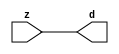

//------> /package/eda/mg/Catapult_10.3d/Mgc_home/pkgs/siflibs/mgc_in_wire_v2.v 
//------------------------------------------------------------------------------
// Catapult Synthesis - Sample I/O Port Library
//
// Copyright (c) 2003-2017 Mentor Graphics Corp.
//       All Rights Reserved
//
// This document may be used and distributed without restriction provided that
// this copyright statement is not removed from the file and that any derivative
// work contains this copyright notice.
//
// The design information contained in this file is intended to be an example
// of the functionality which the end user may study in preparation for creating
// their own custom interfaces. This design does not necessarily present a 
// complete implementation of the named protocol or standard.
//
//------------------------------------------------------------------------------


module mgc_in_wire_v2 (d, z);

  parameter integer rscid = 1;
  parameter integer width = 8;

  output [width-1:0] d;
  input  [width-1:0] z;

  wire   [width-1:0] d;

  assign d = z;

endmodule


//------> /package/eda/mg/Catapult_10.3d/Mgc_home/pkgs/siflibs/ccs_in_v1.v 
//------------------------------------------------------------------------------
// Catapult Synthesis - Sample I/O Port Library
//
// Copyright (c) 2003-2017 Mentor Graphics Corp.
//       All Rights Reserved
//
// This document may be used and distributed without restriction provided that
// this copyright statement is not removed from the file and that any derivative
// work contains this copyright notice.
//
// The design information contained in this file is intended to be an example
// of the functionality which the end user may study in preparation for creating
// their own custom interfaces. This design does not necessarily present a 
// complete implementation of the named protocol or standard.
//
//------------------------------------------------------------------------------


module ccs_in_v1 (idat, dat);

  parameter integer rscid = 1;
  parameter integer width = 8;

  output [width-1:0] idat;
  input  [width-1:0] dat;

  wire   [width-1:0] idat;

  assign idat = dat;

endmodule


//------> /package/eda/mg/Catapult_10.3d/Mgc_home/pkgs/siflibs/ccs_out_v1.v 
//------------------------------------------------------------------------------
// Catapult Synthesis - Sample I/O Port Library
//
// Copyright (c) 2003-2015 Mentor Graphics Corp.
//       All Rights Reserved
//
// This document may be used and distributed without restriction provided that
// this copyright statement is not removed from the file and that any derivative
// work contains this copyright notice.
//
// The design information contained in this file is intended to be an example
// of the functionality which the end user may study in preparation for creating
// their own custom interfaces. This design does not necessarily present a 
// complete implementation of the named protocol or standard.
//
//------------------------------------------------------------------------------

module ccs_out_v1 (dat, idat);

  parameter integer rscid = 1;
  parameter integer width = 8;

  output   [width-1:0] dat;
  input    [width-1:0] idat;

  wire     [width-1:0] dat;

  assign dat = idat;

endmodule




//------> /package/eda/mg/Catapult_10.3d/Mgc_home/pkgs/siflibs/mgc_io_sync_v2.v 
//------------------------------------------------------------------------------
// Catapult Synthesis - Sample I/O Port Library
//
// Copyright (c) 2003-2017 Mentor Graphics Corp.
//       All Rights Reserved
//
// This document may be used and distributed without restriction provided that
// this copyright statement is not removed from the file and that any derivative
// work contains this copyright notice.
//
// The design information contained in this file is intended to be an example
// of the functionality which the end user may study in preparation for creating
// their own custom interfaces. This design does not necessarily present a 
// complete implementation of the named protocol or standard.
//
//------------------------------------------------------------------------------


module mgc_io_sync_v2 (ld, lz);
    parameter valid = 0;

    input  ld;
    output lz;

    wire   lz;

    assign lz = ld;

endmodule


//------> /package/eda/mg/Catapult_10.3d/Mgc_home/pkgs/ccs_altera/hdl/M10K_DP.v 
// Memory Type:            M10K
// Operating Mode:         Simple Dual Port (2-PORT)
// Clock Mode:             Single Clock

// RTL Code RW Resolution: write-thru 
// Hardware RW Resolution: dont care 
// Catapult RW Resolution: unknown 

// HDL Work Library:       Altera_RAMS_lib
// Component Name:         M10K_DP

module M10K_DP
#(
  parameter data_width = 8,
  parameter addr_width = 7,
  parameter depth = 128 
)(
  clk, adra, adrb, wea, web, da, db, rea, reb, qa, qb
);

  input clk;                     // Rising edge clock
  input [addr_width-1:0] adra;   // Port A - Address
  input [addr_width-1:0] adrb;   // Port B - Address
  input wea;                     // Port A - Write-enable active high
  input web;                     // Port B - Write-enable active high
  input [data_width-1:0] da;     // Port A - Data In
  input [data_width-1:0] db;     // Port B - Data In
  input rea;                     // Port A - Read-enable active high
  input reb;                     // Port B - Read-enable active high
  output[data_width-1:0] qa;     // Port A - Data Out
  output[data_width-1:0] qb;     // Port B - Data Out

  reg [data_width-1:0] qa;
  reg [data_width-1:0] qb;

  (* ramstyle = "no_rw_check, M10K" *)
  reg [data_width-1:0] mem [depth-1:0]; /* synthesis syn_ramstyle = "no_rw_check, M10K" */

  always @(posedge clk) begin
    if (wea) begin
      mem[adra] <= da;
    end
    if (rea) begin
      qa <= mem[adra];
    end
  end

  always @(posedge clk) begin
    if (web) begin
      mem[adrb] <= db;
    end
    if (reb) begin
      qb <= mem[adrb] ;
    end
  end

endmodule


//------> ./rtl.v 
// ----------------------------------------------------------------------
//  HLS HDL:        Verilog Netlister
//  HLS Version:    10.3d/815731 Production Release
//  HLS Date:       Wed Apr 24 14:54:19 PDT 2019
// 
//  Generated by:   695r48@ecegrid-thin4.ecn.purdue.edu
//  Generated date: Wed Nov 10 15:51:37 2021
// ----------------------------------------------------------------------

// 
// ------------------------------------------------------------------
//  Design Unit:    fir_Altera_M10K_M10K_DP_rwport_4_16_5_32_32_16_gen
// ------------------------------------------------------------------


module fir_Altera_M10K_M10K_DP_rwport_4_16_5_32_32_16_gen (
  qb, reb, db, web, adrb, qa, rea, da, wea, adra, adra_d, wea_d, da_d, rea_d, qa_d,
      rwportA_rw_ram_ir_internal_RMASK_B_d, rwportA_rw_ram_ir_internal_WMASK_B_d
);
  input [15:0] qb;
  output reb;
  output [15:0] db;
  output web;
  output [4:0] adrb;
  input [15:0] qa;
  output rea;
  output [15:0] da;
  output wea;
  output [4:0] adra;
  input [9:0] adra_d;
  input [1:0] wea_d;
  input [31:0] da_d;
  input [1:0] rea_d;
  output [31:0] qa_d;
  input [1:0] rwportA_rw_ram_ir_internal_RMASK_B_d;
  input [1:0] rwportA_rw_ram_ir_internal_WMASK_B_d;



  // Interconnect Declarations for Component Instantiations 
  assign qa_d[31:16] = qb;
  assign reb = (rwportA_rw_ram_ir_internal_RMASK_B_d[1]);
  assign db = (da_d[31:16]);
  assign web = (rwportA_rw_ram_ir_internal_WMASK_B_d[1]);
  assign adrb = (adra_d[9:5]);
  assign qa_d[15:0] = qa;
  assign rea = (rwportA_rw_ram_ir_internal_RMASK_B_d[0]);
  assign da = (da_d[15:0]);
  assign wea = (rwportA_rw_ram_ir_internal_WMASK_B_d[0]);
  assign adra = (adra_d[4:0]);
endmodule

// ------------------------------------------------------------------
//  Design Unit:    fir_core_core_fsm
//  FSM Module
// ------------------------------------------------------------------


module fir_core_core_fsm (
  clk, rst, fsm_output, regs_vinit_C_1_tr0, MAC_C_3_tr0
);
  input clk;
  input rst;
  output [17:0] fsm_output;
  reg [17:0] fsm_output;
  input regs_vinit_C_1_tr0;
  input MAC_C_3_tr0;


  // FSM State Type Declaration for fir_core_core_fsm_1
  parameter
    core_rlp_C_0 = 5'd0,
    regs_vinit_C_0 = 5'd1,
    regs_vinit_C_1 = 5'd2,
    main_C_0 = 5'd3,
    main_C_1 = 5'd4,
    MAC_C_0 = 5'd5,
    MAC_C_1 = 5'd6,
    MAC_C_2 = 5'd7,
    MAC_C_3 = 5'd8,
    MAC_C_4 = 5'd9,
    MAC_C_5 = 5'd10,
    MAC_C_6 = 5'd11,
    MAC_C_7 = 5'd12,
    MAC_C_8 = 5'd13,
    MAC_C_9 = 5'd14,
    MAC_C_10 = 5'd15,
    MAC_C_11 = 5'd16,
    main_C_2 = 5'd17;

  reg [4:0] state_var;
  reg [4:0] state_var_NS;


  // Interconnect Declarations for Component Instantiations 
  always @(*)
  begin : fir_core_core_fsm_1
    case (state_var)
      regs_vinit_C_0 : begin
        fsm_output = 18'b000000000000000010;
        state_var_NS = regs_vinit_C_1;
      end
      regs_vinit_C_1 : begin
        fsm_output = 18'b000000000000000100;
        if ( regs_vinit_C_1_tr0 ) begin
          state_var_NS = regs_vinit_C_0;
        end
        else begin
          state_var_NS = main_C_0;
        end
      end
      main_C_0 : begin
        fsm_output = 18'b000000000000001000;
        state_var_NS = main_C_1;
      end
      main_C_1 : begin
        fsm_output = 18'b000000000000010000;
        state_var_NS = MAC_C_0;
      end
      MAC_C_0 : begin
        fsm_output = 18'b000000000000100000;
        state_var_NS = MAC_C_1;
      end
      MAC_C_1 : begin
        fsm_output = 18'b000000000001000000;
        state_var_NS = MAC_C_2;
      end
      MAC_C_2 : begin
        fsm_output = 18'b000000000010000000;
        state_var_NS = MAC_C_3;
      end
      MAC_C_3 : begin
        fsm_output = 18'b000000000100000000;
        if ( MAC_C_3_tr0 ) begin
          state_var_NS = main_C_2;
        end
        else begin
          state_var_NS = MAC_C_4;
        end
      end
      MAC_C_4 : begin
        fsm_output = 18'b000000001000000000;
        state_var_NS = MAC_C_5;
      end
      MAC_C_5 : begin
        fsm_output = 18'b000000010000000000;
        state_var_NS = MAC_C_6;
      end
      MAC_C_6 : begin
        fsm_output = 18'b000000100000000000;
        state_var_NS = MAC_C_7;
      end
      MAC_C_7 : begin
        fsm_output = 18'b000001000000000000;
        state_var_NS = MAC_C_8;
      end
      MAC_C_8 : begin
        fsm_output = 18'b000010000000000000;
        state_var_NS = MAC_C_9;
      end
      MAC_C_9 : begin
        fsm_output = 18'b000100000000000000;
        state_var_NS = MAC_C_10;
      end
      MAC_C_10 : begin
        fsm_output = 18'b001000000000000000;
        state_var_NS = MAC_C_11;
      end
      MAC_C_11 : begin
        fsm_output = 18'b010000000000000000;
        state_var_NS = MAC_C_0;
      end
      main_C_2 : begin
        fsm_output = 18'b100000000000000000;
        state_var_NS = main_C_0;
      end
      // core_rlp_C_0
      default : begin
        fsm_output = 18'b000000000000000001;
        state_var_NS = regs_vinit_C_0;
      end
    endcase
  end

  always @(posedge clk) begin
    if ( rst ) begin
      state_var <= core_rlp_C_0;
    end
    else begin
      state_var <= state_var_NS;
    end
  end

endmodule

// ------------------------------------------------------------------
//  Design Unit:    fir_core
// ------------------------------------------------------------------


module fir_core (
  clk, rst, coeffs_rsc_z, coeffs_rsc_triosy_lz, in1_rsc_dat, in1_rsc_triosy_lz, out1_rsc_dat,
      out1_rsc_triosy_lz, regs_rsci_adra_d, regs_rsci_wea_d, regs_rsci_da_d, regs_rsci_rea_d,
      regs_rsci_qa_d, regs_rsci_rwportA_rw_ram_ir_internal_RMASK_B_d, regs_rsci_rwportA_rw_ram_ir_internal_WMASK_B_d
);
  input clk;
  input rst;
  input [511:0] coeffs_rsc_z;
  output coeffs_rsc_triosy_lz;
  input [15:0] in1_rsc_dat;
  output in1_rsc_triosy_lz;
  output [15:0] out1_rsc_dat;
  output out1_rsc_triosy_lz;
  output [9:0] regs_rsci_adra_d;
  output [1:0] regs_rsci_wea_d;
  output [15:0] regs_rsci_da_d;
  output [1:0] regs_rsci_rea_d;
  input [31:0] regs_rsci_qa_d;
  output [1:0] regs_rsci_rwportA_rw_ram_ir_internal_RMASK_B_d;
  output [1:0] regs_rsci_rwportA_rw_ram_ir_internal_WMASK_B_d;


  // Interconnect Declarations
  wire [511:0] coeffs_rsci_d;
  wire [15:0] in1_rsci_idat;
  reg [15:0] out1_rsci_idat;
  wire [17:0] fsm_output;
  wire [4:0] MAC_6_else_acc_tmp;
  wire [5:0] nl_MAC_6_else_acc_tmp;
  wire [4:0] MAC_slc_MAC_2_MAC_acc_tmp;
  wire [5:0] nl_MAC_slc_MAC_2_MAC_acc_tmp;
  wire or_dcpl_11;
  wire or_dcpl_14;
  wire or_dcpl_15;
  wire or_dcpl_37;
  wire or_dcpl_41;
  wire or_dcpl_49;
  wire or_dcpl_52;
  wire or_dcpl_54;
  wire or_dcpl_69;
  wire or_tmp_34;
  wire [4:0] wptr_4_0_3_lpi_2_dfm_1;
  wire [4:0] wptr_4_0_lpi_2_dfm_1;
  wire [4:0] wptr_4_0_9_lpi_2_dfm_1;
  reg [4:0] wptr_4_0_4_sva_1;
  wire [4:0] wptr_4_0_8_lpi_2_dfm_1;
  reg [4:0] wptr_4_0_1_sva;
  reg MAC_MAC_nor_11_itm;
  reg regs_regs_nor_itm;
  wire [4:0] wptr_4_0_7_lpi_2_dfm_1;
  wire [4:0] wptr_4_0_1_sva_3;
  wire [4:0] wptr_4_0_2_lpi_2_dfm_1;
  reg [4:0] regs_acc_itm;
  reg reg_MAC_slc_MAC_2_MAC_acc_psp_ftd;
  reg reg_out1_rsc_triosy_obj_ld_cse;
  wire reg_out1_out1_and_cse;
  reg [3:0] MAC_i_4_1_sva;
  wire MAC_and_4_cse;
  wire MAC_and_5_cse;
  wire MAC_and_6_cse;
  wire MAC_and_7_cse;
  wire regs_and_cse;
  wire or_98_cse;
  wire or_99_rmff;
  reg [4:0] wptr_4_0_3_lpi_2_dfm;
  wire or_170_tmp;
  wire [4:0] z_out;
  wire [5:0] nl_z_out;
  wire [4:0] z_out_1;
  wire [5:0] nl_z_out_1;
  wire [29:0] z_out_3;
  wire [30:0] nl_z_out_3;
  wire [15:0] z_out_4;
  wire [15:0] z_out_5;
  wire [29:0] z_out_6;
  wire signed [31:0] nl_z_out_6;
  wire [29:0] z_out_7;
  wire signed [31:0] nl_z_out_7;
  wire [29:0] z_out_8;
  wire signed [31:0] nl_z_out_8;
  wire [29:0] z_out_9;
  wire signed [31:0] nl_z_out_9;
  reg [29:0] acc_32_3_1_sva;
  reg [15:0] MAC_mux_10_itm;
  reg [15:0] MAC_mux_12_itm;
  reg [29:0] MAC_10_mul_itm;
  reg [29:0] MAC_acc_3_itm;
  reg [15:0] MAC_mux_13_itm;
  reg [15:0] MAC_slc_regs_rsci_qa_d_15_0_1_itm;
  reg [15:0] MAC_mux_14_itm;
  reg [29:0] MAC_acc_6_itm;
  wire [30:0] nl_MAC_acc_6_itm;
  reg [29:0] MAC_5_mul_itm;
  reg [15:0] MAC_mux_16_itm;
  reg [15:0] MAC_slc_regs_rsci_qa_d_15_0_3_itm;
  reg [15:0] MAC_mux_17_itm;
  reg [29:0] MAC_7_mul_itm;
  reg [15:0] MAC_slc_regs_rsci_qa_d_15_0_4_itm;
  reg [15:0] MAC_mux_18_itm;
  reg [3:0] MAC_slc_MAC_10_MAC_acc_itm;
  wire [4:0] nl_MAC_slc_MAC_10_MAC_acc_itm;
  wire [3:0] MAC_slc_MAC_6_MAC_acc_psp_sva_1;
  wire [4:0] nl_MAC_slc_MAC_6_MAC_acc_psp_sva_1;
  wire [3:0] MAC_slc_MAC_4_MAC_acc_psp_sva_1;
  wire [4:0] nl_MAC_slc_MAC_4_MAC_acc_psp_sva_1;
  reg [351:0] MAC_io_read_coeffs_rsc_cse_sva_479_128;
  wire or_138_tmp;
  wire MAC_nor_8_cse;
  wire MAC_nor_7_cse;

  wire[4:0] mux_nl;
  wire[0:0] and_200_nl;
  wire[0:0] not_60_nl;
  wire[0:0] or_113_nl;
  wire[29:0] acc_mux_nl;
  wire[29:0] MAC_10_acc_1_nl;
  wire[30:0] nl_MAC_10_acc_1_nl;
  wire[0:0] acc_not_nl;
  wire[3:0] MAC_i_mux_nl;
  wire[0:0] MAC_i_not_nl;
  wire[4:0] MAC_else_acc_nl;
  wire[5:0] nl_MAC_else_acc_nl;
  wire[4:0] MAC_else_mux_1_nl;
  wire[0:0] MAC_MAC_nor_11_nl;
  wire[0:0] MAC_MAC_nor_14_nl;
  wire[0:0] MAC_MAC_nor_16_nl;
  wire[0:0] nand_nl;
  wire[0:0] MAC_and_16_nl;
  wire[0:0] MAC_and_17_nl;
  wire[0:0] MAC_and_18_nl;
  wire[0:0] MAC_and_10_nl;
  wire[0:0] MAC_and_11_nl;
  wire[0:0] MAC_and_12_nl;
  wire[0:0] MAC_and_nl;
  wire[0:0] MAC_and_8_nl;
  wire[0:0] MAC_and_9_nl;
  wire[29:0] MAC_acc_4_nl;
  wire[30:0] nl_MAC_acc_4_nl;
  wire[29:0] MAC_acc_nl;
  wire[30:0] nl_MAC_acc_nl;
  wire[29:0] MAC_1_mul_nl;
  wire signed [31:0] nl_MAC_1_mul_nl;
  wire[29:0] MAC_acc_5_nl;
  wire[30:0] nl_MAC_acc_5_nl;
  wire[29:0] MAC_acc_3_nl;
  wire[30:0] nl_MAC_acc_3_nl;
  wire[29:0] MAC_acc_9_nl;
  wire[30:0] nl_MAC_acc_9_nl;
  wire[4:0] MAC_10_else_acc_nl;
  wire[5:0] nl_MAC_10_else_acc_nl;
  wire[0:0] MAC_MAC_nor_21_nl;
  wire[0:0] MAC_MAC_nor_10_nl;
  wire[0:0] MAC_MAC_nor_15_nl;
  wire[0:0] MAC_MAC_nor_nl;
  wire[4:0] MAC_9_else_acc_nl;
  wire[5:0] nl_MAC_9_else_acc_nl;
  wire[0:0] MAC_MAC_nor_19_nl;
  wire[4:0] regs_mux1h_1_nl;
  wire[4:0] regs_mux1h_5_nl;
  wire[0:0] regs_or_3_nl;
  wire[4:0] else_mux_1_nl;
  wire[4:0] regs_mux1h_8_nl;
  wire[29:0] MAC_mux_36_nl;
  wire[29:0] MAC_mux_37_nl;
  wire[0:0] MAC_or_11_nl;
  wire[15:0] MAC_mux_38_nl;
  wire[0:0] MAC_or_12_nl;
  wire[15:0] MAC_mux1h_59_nl;
  wire[15:0] MAC_mux_39_nl;
  wire[15:0] MAC_mux_40_nl;
  wire[15:0] MAC_mux_41_nl;
  wire[15:0] MAC_mux_42_nl;
  wire[3:0] MAC_mux_43_nl;
  wire[3:0] MAC_mux_44_nl;

  // Interconnect Declarations for Component Instantiations 
  wire [0:0] nl_fir_core_core_fsm_inst_regs_vinit_C_1_tr0;
  assign nl_fir_core_core_fsm_inst_regs_vinit_C_1_tr0 = ~ regs_regs_nor_itm;
  wire [0:0] nl_fir_core_core_fsm_inst_MAC_C_3_tr0;
  assign nl_fir_core_core_fsm_inst_MAC_C_3_tr0 = reg_MAC_slc_MAC_2_MAC_acc_psp_ftd;
  mgc_in_wire_v2 #(.rscid(32'sd1),
  .width(32'sd512)) coeffs_rsci (
      .d(coeffs_rsci_d),
      .z(coeffs_rsc_z)
    );
  ccs_in_v1 #(.rscid(32'sd2),
  .width(32'sd16)) in1_rsci (
      .dat(in1_rsc_dat),
      .idat(in1_rsci_idat)
    );
  ccs_out_v1 #(.rscid(32'sd3),
  .width(32'sd16)) out1_rsci (
      .idat(out1_rsci_idat),
      .dat(out1_rsc_dat)
    );
  mgc_io_sync_v2 #(.valid(32'sd0)) coeffs_rsc_triosy_obj (
      .ld(reg_out1_rsc_triosy_obj_ld_cse),
      .lz(coeffs_rsc_triosy_lz)
    );
  mgc_io_sync_v2 #(.valid(32'sd0)) in1_rsc_triosy_obj (
      .ld(reg_out1_rsc_triosy_obj_ld_cse),
      .lz(in1_rsc_triosy_lz)
    );
  mgc_io_sync_v2 #(.valid(32'sd0)) out1_rsc_triosy_obj (
      .ld(reg_out1_rsc_triosy_obj_ld_cse),
      .lz(out1_rsc_triosy_lz)
    );
  fir_core_core_fsm fir_core_core_fsm_inst (
      .clk(clk),
      .rst(rst),
      .fsm_output(fsm_output),
      .regs_vinit_C_1_tr0(nl_fir_core_core_fsm_inst_regs_vinit_C_1_tr0[0:0]),
      .MAC_C_3_tr0(nl_fir_core_core_fsm_inst_MAC_C_3_tr0[0:0])
    );
  assign reg_out1_out1_and_cse = (fsm_output[8]) & reg_MAC_slc_MAC_2_MAC_acc_psp_ftd;
  assign or_98_cse = (fsm_output[3]) | (fsm_output[1]);
  assign or_99_rmff = (fsm_output[5]) | (fsm_output[7]) | or_dcpl_37 | ((~ reg_MAC_slc_MAC_2_MAC_acc_psp_ftd)
      & (fsm_output[8]));
  assign regs_and_cse = (fsm_output[2]) & regs_regs_nor_itm;
  assign or_170_tmp = regs_and_cse | ((~ MAC_MAC_nor_11_itm) & (fsm_output[17]));
  assign MAC_and_4_cse = (MAC_i_4_1_sva==4'b0000) & (fsm_output[5]);
  assign MAC_and_5_cse = (MAC_i_4_1_sva==4'b0101) & (fsm_output[5]);
  assign MAC_and_6_cse = (MAC_i_4_1_sva==4'b1010) & (fsm_output[5]);
  assign MAC_and_7_cse = (MAC_i_4_1_sva==4'b1111) & (fsm_output[5]);
  assign or_138_tmp = or_dcpl_15 | or_dcpl_41 | or_dcpl_54;
  assign MAC_nor_7_cse = ~((MAC_slc_MAC_4_MAC_acc_psp_sva_1[3]) | (MAC_slc_MAC_4_MAC_acc_psp_sva_1[2])
      | (MAC_slc_MAC_4_MAC_acc_psp_sva_1[0]));
  assign MAC_nor_8_cse = ~((MAC_slc_MAC_4_MAC_acc_psp_sva_1[1:0]!=2'b00));
  assign nl_MAC_10_else_acc_nl = wptr_4_0_lpi_2_dfm_1 + 5'b11111;
  assign MAC_10_else_acc_nl = nl_MAC_10_else_acc_nl[4:0];
  assign MAC_MAC_nor_21_nl = ~((wptr_4_0_lpi_2_dfm_1!=5'b00000));
  assign wptr_4_0_1_sva_3 = MUX_v_5_2_2((MAC_10_else_acc_nl), 5'b11111, (MAC_MAC_nor_21_nl));
  assign wptr_4_0_9_lpi_2_dfm_1 = MUX_v_5_2_2(wptr_4_0_4_sva_1, 5'b11111, MAC_MAC_nor_11_itm);
  assign MAC_MAC_nor_10_nl = ~((wptr_4_0_2_lpi_2_dfm_1!=5'b00000));
  assign wptr_4_0_3_lpi_2_dfm_1 = MUX_v_5_2_2(z_out_1, 5'b11111, (MAC_MAC_nor_10_nl));
  assign MAC_MAC_nor_15_nl = ~((wptr_4_0_7_lpi_2_dfm_1!=5'b00000));
  assign wptr_4_0_8_lpi_2_dfm_1 = MUX_v_5_2_2(z_out_1, 5'b11111, (MAC_MAC_nor_15_nl));
  assign MAC_MAC_nor_nl = ~((wptr_4_0_1_sva!=5'b00000));
  assign wptr_4_0_2_lpi_2_dfm_1 = MUX_v_5_2_2(MAC_6_else_acc_tmp, 5'b11111, (MAC_MAC_nor_nl));
  assign nl_MAC_6_else_acc_tmp = wptr_4_0_1_sva + 5'b11111;
  assign MAC_6_else_acc_tmp = nl_MAC_6_else_acc_tmp[4:0];
  assign nl_MAC_slc_MAC_2_MAC_acc_tmp = conv_u2s_4_5(MAC_i_4_1_sva) + 5'b00001;
  assign MAC_slc_MAC_2_MAC_acc_tmp = nl_MAC_slc_MAC_2_MAC_acc_tmp[4:0];
  assign nl_MAC_slc_MAC_6_MAC_acc_psp_sva_1 = MAC_slc_MAC_4_MAC_acc_psp_sva_1 + 4'b0001;
  assign MAC_slc_MAC_6_MAC_acc_psp_sva_1 = nl_MAC_slc_MAC_6_MAC_acc_psp_sva_1[3:0];
  assign nl_MAC_slc_MAC_4_MAC_acc_psp_sva_1 = (MAC_slc_MAC_2_MAC_acc_tmp[3:0]) +
      4'b0001;
  assign MAC_slc_MAC_4_MAC_acc_psp_sva_1 = nl_MAC_slc_MAC_4_MAC_acc_psp_sva_1[3:0];
  assign nl_MAC_9_else_acc_nl = wptr_4_0_9_lpi_2_dfm_1 + 5'b11111;
  assign MAC_9_else_acc_nl = nl_MAC_9_else_acc_nl[4:0];
  assign MAC_MAC_nor_19_nl = ~((wptr_4_0_9_lpi_2_dfm_1!=5'b00000));
  assign wptr_4_0_lpi_2_dfm_1 = MUX_v_5_2_2((MAC_9_else_acc_nl), 5'b11111, (MAC_MAC_nor_19_nl));
  assign wptr_4_0_7_lpi_2_dfm_1 = MUX_v_5_2_2(MAC_6_else_acc_tmp, 5'b11111, MAC_MAC_nor_11_itm);
  assign or_dcpl_11 = (fsm_output[14]) | (fsm_output[11]);
  assign or_dcpl_14 = (fsm_output[10:9]!=2'b00);
  assign or_dcpl_15 = (fsm_output[12:11]!=2'b00);
  assign or_dcpl_37 = (fsm_output[9]) | (fsm_output[6]);
  assign or_dcpl_41 = (fsm_output[13]) | (fsm_output[7]);
  assign or_dcpl_49 = (fsm_output[8]) | (fsm_output[10]);
  assign or_dcpl_52 = or_dcpl_15 | (fsm_output[7]);
  assign or_dcpl_54 = or_dcpl_49 | or_dcpl_37;
  assign or_dcpl_69 = (fsm_output[11]) | (fsm_output[7]) | (fsm_output[8]);
  assign or_tmp_34 = (fsm_output[8]) | (fsm_output[6]);
  assign regs_mux1h_1_nl = MUX1HOT_v_5_4_2(wptr_4_0_2_lpi_2_dfm_1, wptr_4_0_lpi_2_dfm_1,
      wptr_4_0_3_lpi_2_dfm, wptr_4_0_4_sva_1, {(fsm_output[5]) , or_tmp_34 , (fsm_output[7])
      , (fsm_output[9])});
  assign regs_or_3_nl = (fsm_output[5]) | (fsm_output[8]);
  assign regs_mux1h_5_nl = MUX1HOT_v_5_5_2(regs_acc_itm, wptr_4_0_1_sva, wptr_4_0_9_lpi_2_dfm_1,
      wptr_4_0_7_lpi_2_dfm_1, wptr_4_0_3_lpi_2_dfm, {or_98_cse , (regs_or_3_nl) ,
      (fsm_output[6]) , (fsm_output[7]) , (fsm_output[9])});
  assign regs_rsci_adra_d = {(regs_mux1h_1_nl) , (regs_mux1h_5_nl)};
  assign regs_rsci_wea_d = {1'b0 , or_98_cse};
  assign regs_rsci_rea_d = {{1{or_99_rmff}}, or_99_rmff};
  assign regs_rsci_rwportA_rw_ram_ir_internal_RMASK_B_d = {{1{or_99_rmff}}, or_99_rmff};
  assign regs_rsci_rwportA_rw_ram_ir_internal_WMASK_B_d = {1'b0 , or_98_cse};
  assign regs_rsci_da_d = MUX_v_16_2_2(16'b0000000000000000, in1_rsci_idat, (fsm_output[3]));
  always @(posedge clk) begin
    if ( rst ) begin
      reg_out1_rsc_triosy_obj_ld_cse <= 1'b0;
      regs_regs_nor_itm <= 1'b0;
      wptr_4_0_1_sva <= 5'b00000;
      wptr_4_0_4_sva_1 <= 5'b00000;
      wptr_4_0_3_lpi_2_dfm <= 5'b00000;
      MAC_MAC_nor_11_itm <= 1'b0;
      MAC_io_read_coeffs_rsc_cse_sva_479_128 <= 352'b0000000000000000000000000000000000000000000000000000000000000000000000000000000000000000000000000000000000000000000000000000000000000000000000000000000000000000000000000000000000000000000000000000000000000000000000000000000000000000000000000000000000000000000000000000000000000000000000000000000000000000000000000000000000000000000000000000000000000000;
      MAC_10_mul_itm <= 30'b000000000000000000000000000000;
    end
    else begin
      reg_out1_rsc_triosy_obj_ld_cse <= reg_out1_out1_and_cse;
      regs_regs_nor_itm <= ~((regs_acc_itm!=5'b00000));
      wptr_4_0_1_sva <= MUX1HOT_v_5_3_2(regs_acc_itm, wptr_4_0_1_sva, wptr_4_0_1_sva_3,
          {(fsm_output[4]) , (or_113_nl) , or_tmp_34});
      wptr_4_0_4_sva_1 <= MUX_v_5_2_2((MAC_else_acc_nl), wptr_4_0_9_lpi_2_dfm_1,
          fsm_output[8]);
      wptr_4_0_3_lpi_2_dfm <= MUX1HOT_v_5_3_2(wptr_4_0_3_lpi_2_dfm_1, wptr_4_0_8_lpi_2_dfm_1,
          wptr_4_0_3_lpi_2_dfm, {(fsm_output[5]) , (fsm_output[7]) , or_tmp_34});
      MAC_MAC_nor_11_itm <= MUX1HOT_s_1_4_2((MAC_MAC_nor_11_nl), (MAC_MAC_nor_14_nl),
          (MAC_MAC_nor_16_nl), (nand_nl), {(fsm_output[5]) , (fsm_output[6]) , (fsm_output[7])
          , (fsm_output[8])});
      MAC_io_read_coeffs_rsc_cse_sva_479_128 <= coeffs_rsci_d[479:128];
      MAC_10_mul_itm <= MUX1HOT_v_30_4_2(z_out_6, z_out_7, z_out_8, (MAC_acc_4_nl),
          {(fsm_output[6]) , (fsm_output[9]) , (fsm_output[12]) , (fsm_output[15])});
    end
  end
  always @(posedge clk) begin
    if ( rst ) begin
      out1_rsci_idat <= 16'b0000000000000000;
    end
    else if ( reg_out1_out1_and_cse ) begin
      out1_rsci_idat <= z_out_3[29:14];
    end
  end
  always @(posedge clk) begin
    if ( rst ) begin
      regs_acc_itm <= 5'b11111;
    end
    else if ( regs_and_cse | (fsm_output[1]) | (fsm_output[17]) ) begin
      regs_acc_itm <= MUX_v_5_2_2(5'b00000, (mux_nl), (not_60_nl));
    end
  end
  always @(posedge clk) begin
    if ( rst ) begin
      acc_32_3_1_sva <= 30'b000000000000000000000000000000;
    end
    else if ( (fsm_output[16]) | (fsm_output[4]) | (fsm_output[8]) ) begin
      acc_32_3_1_sva <= MUX_v_30_2_2(30'b000000000000000000000000000000, (acc_mux_nl),
          (acc_not_nl));
    end
  end
  always @(posedge clk) begin
    if ( rst ) begin
      MAC_i_4_1_sva <= 4'b0000;
    end
    else if ( (fsm_output[5]) | (fsm_output[4]) | (fsm_output[8]) ) begin
      MAC_i_4_1_sva <= MUX_v_4_2_2(4'b0000, (MAC_i_mux_nl), (MAC_i_not_nl));
    end
  end
  always @(posedge clk) begin
    if ( rst ) begin
      MAC_mux_10_itm <= 16'b0000000000000000;
    end
    else if ( ~(or_dcpl_52 | or_dcpl_49 | (fsm_output[9])) ) begin
      MAC_mux_10_itm <= MUX1HOT_v_16_5_2((coeffs_rsci_d[31:16]), (coeffs_rsci_d[191:176]),
          (coeffs_rsci_d[351:336]), (coeffs_rsci_d[511:496]), z_out_4, {MAC_and_4_cse
          , MAC_and_5_cse , MAC_and_6_cse , MAC_and_7_cse , (fsm_output[6])});
    end
  end
  always @(posedge clk) begin
    if ( rst ) begin
      MAC_mux_18_itm <= 16'b0000000000000000;
    end
    else if ( ~(or_dcpl_11 | (fsm_output[12]) | or_dcpl_41 | or_dcpl_54) ) begin
      MAC_mux_18_itm <= z_out_5;
    end
  end
  always @(posedge clk) begin
    if ( rst ) begin
      MAC_mux_16_itm <= 16'b0000000000000000;
    end
    else if ( ~ or_138_tmp ) begin
      MAC_mux_16_itm <= MUX1HOT_v_16_3_2((coeffs_rsci_d[95:80]), (coeffs_rsci_d[255:240]),
          (coeffs_rsci_d[415:400]), {(MAC_and_16_nl) , (MAC_and_17_nl) , (MAC_and_18_nl)});
    end
  end
  always @(posedge clk) begin
    if ( rst ) begin
      MAC_mux_17_itm <= 16'b0000000000000000;
    end
    else if ( ~((fsm_output[7]) | (fsm_output[8]) | (fsm_output[10]) | or_dcpl_37)
        ) begin
      MAC_mux_17_itm <= MUX1HOT_v_16_3_2((coeffs_rsci_d[111:96]), (coeffs_rsci_d[271:256]),
          (coeffs_rsci_d[431:416]), {(~ (MAC_slc_MAC_6_MAC_acc_psp_sva_1[3])) , (~
          (MAC_slc_MAC_6_MAC_acc_psp_sva_1[0])) , (MAC_slc_MAC_6_MAC_acc_psp_sva_1[2])});
    end
  end
  always @(posedge clk) begin
    if ( rst ) begin
      MAC_mux_13_itm <= 16'b0000000000000000;
    end
    else if ( ~(or_dcpl_52 | (fsm_output[8]) | (fsm_output[9]) | (fsm_output[6]))
        ) begin
      MAC_mux_13_itm <= MUX_v_16_2_2(z_out_4, (regs_rsci_qa_d[31:16]), fsm_output[10]);
    end
  end
  always @(posedge clk) begin
    if ( rst ) begin
      MAC_mux_14_itm <= 16'b0000000000000000;
    end
    else if ( ~(or_dcpl_69 | (fsm_output[10]) | (fsm_output[6])) ) begin
      MAC_mux_14_itm <= MUX1HOT_v_16_4_2((coeffs_rsci_d[63:48]), (coeffs_rsci_d[223:208]),
          (coeffs_rsci_d[383:368]), (regs_rsci_qa_d[31:16]), {(MAC_and_10_nl) , (MAC_and_11_nl)
          , (MAC_and_12_nl) , (fsm_output[9])});
    end
  end
  always @(posedge clk) begin
    if ( rst ) begin
      MAC_slc_MAC_10_MAC_acc_itm <= 4'b0000;
    end
    else if ( ~((fsm_output[7:6]!=2'b00)) ) begin
      MAC_slc_MAC_10_MAC_acc_itm <= nl_MAC_slc_MAC_10_MAC_acc_itm[3:0];
    end
  end
  always @(posedge clk) begin
    if ( rst ) begin
      MAC_slc_regs_rsci_qa_d_15_0_3_itm <= 16'b0000000000000000;
    end
    else if ( (fsm_output[5]) | (fsm_output[7]) | (fsm_output[8]) ) begin
      MAC_slc_regs_rsci_qa_d_15_0_3_itm <= MUX1HOT_v_16_6_2((coeffs_rsci_d[15:0]),
          (coeffs_rsci_d[175:160]), (coeffs_rsci_d[335:320]), (coeffs_rsci_d[495:480]),
          (regs_rsci_qa_d[31:16]), (regs_rsci_qa_d[15:0]), {MAC_and_4_cse , MAC_and_5_cse
          , MAC_and_6_cse , MAC_and_7_cse , (fsm_output[7]) , (fsm_output[8])});
    end
  end
  always @(posedge clk) begin
    if ( rst ) begin
      MAC_slc_regs_rsci_qa_d_15_0_4_itm <= 16'b0000000000000000;
    end
    else if ( ~(or_dcpl_11 | (fsm_output[12]) | (fsm_output[13]) | (fsm_output[7])
        | (fsm_output[9]) | (fsm_output[6])) ) begin
      MAC_slc_regs_rsci_qa_d_15_0_4_itm <= MUX1HOT_v_16_5_2((coeffs_rsci_d[79:64]),
          (coeffs_rsci_d[239:224]), (coeffs_rsci_d[399:384]), (regs_rsci_qa_d[31:16]),
          (regs_rsci_qa_d[15:0]), {(MAC_and_nl) , (MAC_and_8_nl) , (MAC_and_9_nl)
          , (fsm_output[8]) , (fsm_output[10])});
    end
  end
  always @(posedge clk) begin
    if ( rst ) begin
      MAC_mux_12_itm <= 16'b0000000000000000;
    end
    else if ( ~(or_dcpl_69 | or_dcpl_14) ) begin
      MAC_mux_12_itm <= z_out_5;
    end
  end
  always @(posedge clk) begin
    if ( rst ) begin
      MAC_slc_regs_rsci_qa_d_15_0_1_itm <= 16'b0000000000000000;
    end
    else if ( ~(or_dcpl_15 | (fsm_output[13]) | or_dcpl_49) ) begin
      MAC_slc_regs_rsci_qa_d_15_0_1_itm <= regs_rsci_qa_d[15:0];
    end
  end
  always @(posedge clk) begin
    if ( rst ) begin
      MAC_5_mul_itm <= 30'b000000000000000000000000000000;
    end
    else if ( (fsm_output[14]) | (fsm_output[7]) | (fsm_output[8]) ) begin
      MAC_5_mul_itm <= MUX1HOT_v_30_3_2((MAC_acc_nl), z_out_6, (MAC_acc_5_nl), {(fsm_output[7])
          , (fsm_output[8]) , (fsm_output[14])});
    end
  end
  always @(posedge clk) begin
    if ( rst ) begin
      MAC_acc_6_itm <= 30'b000000000000000000000000000000;
    end
    else if ( fsm_output[10] ) begin
      MAC_acc_6_itm <= nl_MAC_acc_6_itm[29:0];
    end
  end
  always @(posedge clk) begin
    if ( rst ) begin
      MAC_7_mul_itm <= 30'b000000000000000000000000000000;
    end
    else if ( fsm_output[11] ) begin
      MAC_7_mul_itm <= z_out_6;
    end
  end
  always @(posedge clk) begin
    if ( rst ) begin
      MAC_acc_3_itm <= 30'b000000000000000000000000000000;
    end
    else if ( (fsm_output[14:13]!=2'b00) ) begin
      MAC_acc_3_itm <= MUX_v_30_2_2((MAC_acc_3_nl), (MAC_acc_9_nl), fsm_output[14]);
    end
  end
  always @(posedge clk) begin
    if ( rst ) begin
      reg_MAC_slc_MAC_2_MAC_acc_psp_ftd <= 1'b0;
    end
    else if ( fsm_output[5] ) begin
      reg_MAC_slc_MAC_2_MAC_acc_psp_ftd <= MAC_slc_MAC_2_MAC_acc_tmp[4];
    end
  end
  assign or_113_nl = (fsm_output[11]) | (fsm_output[15]) | (fsm_output[16]) | (fsm_output[14])
      | (fsm_output[12]) | or_dcpl_41 | or_dcpl_14;
  assign MAC_else_mux_1_nl = MUX_v_5_2_2(wptr_4_0_3_lpi_2_dfm_1, wptr_4_0_8_lpi_2_dfm_1,
      fsm_output[7]);
  assign nl_MAC_else_acc_nl = (MAC_else_mux_1_nl) + 5'b11111;
  assign MAC_else_acc_nl = nl_MAC_else_acc_nl[4:0];
  assign MAC_MAC_nor_11_nl = ~((wptr_4_0_3_lpi_2_dfm_1!=5'b00000));
  assign MAC_MAC_nor_14_nl = ~((wptr_4_0_1_sva_3!=5'b00000));
  assign MAC_MAC_nor_16_nl = ~((wptr_4_0_8_lpi_2_dfm_1!=5'b00000));
  assign nand_nl = ~((regs_acc_itm==5'b11111));
  assign nl_MAC_acc_4_nl = MAC_7_mul_itm + z_out_9;
  assign MAC_acc_4_nl = nl_MAC_acc_4_nl[29:0];
  assign and_200_nl = (fsm_output[17]) & (~ or_170_tmp);
  assign mux_nl = MUX_v_5_2_2(z_out_1, z_out, and_200_nl);
  assign not_60_nl = ~ or_170_tmp;
  assign nl_MAC_10_acc_1_nl = MAC_acc_3_itm + z_out_3;
  assign MAC_10_acc_1_nl = nl_MAC_10_acc_1_nl[29:0];
  assign acc_mux_nl = MUX_v_30_2_2(z_out_3, (MAC_10_acc_1_nl), fsm_output[16]);
  assign acc_not_nl = ~ (fsm_output[4]);
  assign MAC_i_mux_nl = MUX_v_4_2_2((z_out[3:0]), MAC_slc_MAC_10_MAC_acc_itm, fsm_output[8]);
  assign MAC_i_not_nl = ~ (fsm_output[4]);
  assign MAC_and_16_nl = (MAC_slc_MAC_4_MAC_acc_psp_sva_1[1]) & MAC_nor_7_cse & (~
      or_138_tmp);
  assign MAC_and_17_nl = (MAC_slc_MAC_4_MAC_acc_psp_sva_1==4'b0111) & (~ or_138_tmp);
  assign MAC_and_18_nl = (MAC_slc_MAC_4_MAC_acc_psp_sva_1[3:2]==2'b11) & MAC_nor_8_cse
      & (~ or_138_tmp);
  assign MAC_and_10_nl = (MAC_slc_MAC_2_MAC_acc_tmp[3:0]==4'b0001) & (fsm_output[5]);
  assign MAC_and_11_nl = (MAC_slc_MAC_2_MAC_acc_tmp[3:0]==4'b0110) & (fsm_output[5]);
  assign MAC_and_12_nl = (MAC_slc_MAC_2_MAC_acc_tmp[3:0]==4'b1011) & (fsm_output[5]);
  assign nl_MAC_slc_MAC_10_MAC_acc_itm  = (z_out[3:0]) + 4'b0001;
  assign MAC_and_nl = (MAC_slc_MAC_4_MAC_acc_psp_sva_1[1]) & MAC_nor_7_cse & (fsm_output[5]);
  assign MAC_and_8_nl = (MAC_slc_MAC_4_MAC_acc_psp_sva_1==4'b0111) & (fsm_output[5]);
  assign MAC_and_9_nl = (MAC_slc_MAC_4_MAC_acc_psp_sva_1[3:2]==2'b11) & MAC_nor_8_cse
      & (fsm_output[5]);
  assign nl_MAC_1_mul_nl = $signed(MAC_slc_regs_rsci_qa_d_15_0_1_itm) * $signed(MAC_slc_regs_rsci_qa_d_15_0_3_itm);
  assign MAC_1_mul_nl = nl_MAC_1_mul_nl[29:0];
  assign nl_MAC_acc_nl = (MAC_1_mul_nl) + MAC_10_mul_itm;
  assign MAC_acc_nl = nl_MAC_acc_nl[29:0];
  assign nl_MAC_acc_5_nl = MAC_5_mul_itm + z_out_7;
  assign MAC_acc_5_nl = nl_MAC_acc_5_nl[29:0];
  assign nl_MAC_acc_6_itm  = z_out_9 + MAC_10_mul_itm;
  assign nl_MAC_acc_3_nl = z_out_8 + MAC_10_mul_itm;
  assign MAC_acc_3_nl = nl_MAC_acc_3_nl[29:0];
  assign nl_MAC_acc_9_nl = z_out_3 + MAC_acc_6_itm;
  assign MAC_acc_9_nl = nl_MAC_acc_9_nl[29:0];
  assign else_mux_1_nl = MUX_v_5_2_2(regs_acc_itm, ({{1{MAC_slc_MAC_6_MAC_acc_psp_sva_1[3]}},
      MAC_slc_MAC_6_MAC_acc_psp_sva_1}), fsm_output[5]);
  assign nl_z_out = (else_mux_1_nl) + 5'b00001;
  assign z_out = nl_z_out[4:0];
  assign regs_mux1h_8_nl = MUX1HOT_v_5_3_2(regs_acc_itm, wptr_4_0_2_lpi_2_dfm_1,
      wptr_4_0_7_lpi_2_dfm_1, {(fsm_output[1]) , (fsm_output[5]) , (fsm_output[7])});
  assign nl_z_out_1 = (regs_mux1h_8_nl) + 5'b11111;
  assign z_out_1 = nl_z_out_1[4:0];
  assign MAC_mux_36_nl = MUX_v_30_2_2(MAC_5_mul_itm, MAC_acc_3_itm, fsm_output[14]);
  assign MAC_or_11_nl = (fsm_output[14]) | (fsm_output[8]);
  assign MAC_mux_37_nl = MUX_v_30_2_2(MAC_10_mul_itm, acc_32_3_1_sva, MAC_or_11_nl);
  assign nl_z_out_3 = (MAC_mux_36_nl) + (MAC_mux_37_nl);
  assign z_out_3 = nl_z_out_3[29:0];
  assign MAC_or_12_nl = (fsm_output[8]) | (fsm_output[11]);
  assign MAC_mux_38_nl = MUX_v_16_2_2((regs_rsci_qa_d[31:16]), MAC_slc_regs_rsci_qa_d_15_0_3_itm,
      MAC_or_12_nl);
  assign MAC_mux1h_59_nl = MUX1HOT_v_16_3_2(MAC_mux_10_itm, MAC_slc_regs_rsci_qa_d_15_0_4_itm,
      MAC_mux_17_itm, {(fsm_output[6]) , (fsm_output[8]) , (fsm_output[11])});
  assign nl_z_out_6 = $signed((MAC_mux_38_nl)) * $signed((MAC_mux1h_59_nl));
  assign z_out_6 = nl_z_out_6[29:0];
  assign MAC_mux_39_nl = MUX_v_16_2_2(MAC_mux_14_itm, MAC_mux_16_itm, fsm_output[14]);
  assign nl_z_out_7 = $signed(MAC_slc_regs_rsci_qa_d_15_0_1_itm) * $signed((MAC_mux_39_nl));
  assign z_out_7 = nl_z_out_7[29:0];
  assign MAC_mux_40_nl = MUX_v_16_2_2(MAC_mux_14_itm, MAC_mux_13_itm, fsm_output[13]);
  assign MAC_mux_41_nl = MUX_v_16_2_2(MAC_mux_12_itm, MAC_mux_10_itm, fsm_output[13]);
  assign nl_z_out_8 = $signed((MAC_mux_40_nl)) * $signed((MAC_mux_41_nl));
  assign z_out_8 = nl_z_out_8[29:0];
  assign MAC_mux_42_nl = MUX_v_16_2_2(MAC_mux_18_itm, MAC_mux_13_itm, fsm_output[10]);
  assign nl_z_out_9 = $signed(MAC_slc_regs_rsci_qa_d_15_0_4_itm) * $signed((MAC_mux_42_nl));
  assign z_out_9 = nl_z_out_9[29:0];
  assign MAC_mux_43_nl = MUX_v_4_2_2(MAC_i_4_1_sva, (MAC_slc_MAC_2_MAC_acc_tmp[3:0]),
      fsm_output[5]);
  assign z_out_4 = MUX_v_16_15_2x0x2x3x5x7x8x10x12x13((coeffs_rsci_d[47:32]), (MAC_io_read_coeffs_rsc_cse_sva_479_128[15:0]),
      (coeffs_rsci_d[207:192]), (MAC_io_read_coeffs_rsc_cse_sva_479_128[175:160]),
      (coeffs_rsci_d[367:352]), (MAC_io_read_coeffs_rsc_cse_sva_479_128[335:320]),
      MAC_mux_43_nl);
  assign MAC_mux_44_nl = MUX_v_4_2_2(MAC_slc_MAC_6_MAC_acc_psp_sva_1, MAC_i_4_1_sva,
      fsm_output[6]);
  assign z_out_5 = MUX_v_16_15_2x0x1x2x5x6x7x10x11x12((coeffs_rsci_d[127:112]), (MAC_io_read_coeffs_rsc_cse_sva_479_128[31:16]),
      (coeffs_rsci_d[287:272]), (MAC_io_read_coeffs_rsc_cse_sva_479_128[191:176]),
      (coeffs_rsci_d[447:432]), (MAC_io_read_coeffs_rsc_cse_sva_479_128[351:336]),
      MAC_mux_44_nl);

  function automatic [0:0] MUX1HOT_s_1_4_2;
    input [0:0] input_3;
    input [0:0] input_2;
    input [0:0] input_1;
    input [0:0] input_0;
    input [3:0] sel;
    reg [0:0] result;
  begin
    result = input_0 & {1{sel[0]}};
    result = result | ( input_1 & {1{sel[1]}});
    result = result | ( input_2 & {1{sel[2]}});
    result = result | ( input_3 & {1{sel[3]}});
    MUX1HOT_s_1_4_2 = result;
  end
  endfunction


  function automatic [15:0] MUX1HOT_v_16_3_2;
    input [15:0] input_2;
    input [15:0] input_1;
    input [15:0] input_0;
    input [2:0] sel;
    reg [15:0] result;
  begin
    result = input_0 & {16{sel[0]}};
    result = result | ( input_1 & {16{sel[1]}});
    result = result | ( input_2 & {16{sel[2]}});
    MUX1HOT_v_16_3_2 = result;
  end
  endfunction


  function automatic [15:0] MUX1HOT_v_16_4_2;
    input [15:0] input_3;
    input [15:0] input_2;
    input [15:0] input_1;
    input [15:0] input_0;
    input [3:0] sel;
    reg [15:0] result;
  begin
    result = input_0 & {16{sel[0]}};
    result = result | ( input_1 & {16{sel[1]}});
    result = result | ( input_2 & {16{sel[2]}});
    result = result | ( input_3 & {16{sel[3]}});
    MUX1HOT_v_16_4_2 = result;
  end
  endfunction


  function automatic [15:0] MUX1HOT_v_16_5_2;
    input [15:0] input_4;
    input [15:0] input_3;
    input [15:0] input_2;
    input [15:0] input_1;
    input [15:0] input_0;
    input [4:0] sel;
    reg [15:0] result;
  begin
    result = input_0 & {16{sel[0]}};
    result = result | ( input_1 & {16{sel[1]}});
    result = result | ( input_2 & {16{sel[2]}});
    result = result | ( input_3 & {16{sel[3]}});
    result = result | ( input_4 & {16{sel[4]}});
    MUX1HOT_v_16_5_2 = result;
  end
  endfunction


  function automatic [15:0] MUX1HOT_v_16_6_2;
    input [15:0] input_5;
    input [15:0] input_4;
    input [15:0] input_3;
    input [15:0] input_2;
    input [15:0] input_1;
    input [15:0] input_0;
    input [5:0] sel;
    reg [15:0] result;
  begin
    result = input_0 & {16{sel[0]}};
    result = result | ( input_1 & {16{sel[1]}});
    result = result | ( input_2 & {16{sel[2]}});
    result = result | ( input_3 & {16{sel[3]}});
    result = result | ( input_4 & {16{sel[4]}});
    result = result | ( input_5 & {16{sel[5]}});
    MUX1HOT_v_16_6_2 = result;
  end
  endfunction


  function automatic [29:0] MUX1HOT_v_30_3_2;
    input [29:0] input_2;
    input [29:0] input_1;
    input [29:0] input_0;
    input [2:0] sel;
    reg [29:0] result;
  begin
    result = input_0 & {30{sel[0]}};
    result = result | ( input_1 & {30{sel[1]}});
    result = result | ( input_2 & {30{sel[2]}});
    MUX1HOT_v_30_3_2 = result;
  end
  endfunction


  function automatic [29:0] MUX1HOT_v_30_4_2;
    input [29:0] input_3;
    input [29:0] input_2;
    input [29:0] input_1;
    input [29:0] input_0;
    input [3:0] sel;
    reg [29:0] result;
  begin
    result = input_0 & {30{sel[0]}};
    result = result | ( input_1 & {30{sel[1]}});
    result = result | ( input_2 & {30{sel[2]}});
    result = result | ( input_3 & {30{sel[3]}});
    MUX1HOT_v_30_4_2 = result;
  end
  endfunction


  function automatic [4:0] MUX1HOT_v_5_3_2;
    input [4:0] input_2;
    input [4:0] input_1;
    input [4:0] input_0;
    input [2:0] sel;
    reg [4:0] result;
  begin
    result = input_0 & {5{sel[0]}};
    result = result | ( input_1 & {5{sel[1]}});
    result = result | ( input_2 & {5{sel[2]}});
    MUX1HOT_v_5_3_2 = result;
  end
  endfunction


  function automatic [4:0] MUX1HOT_v_5_4_2;
    input [4:0] input_3;
    input [4:0] input_2;
    input [4:0] input_1;
    input [4:0] input_0;
    input [3:0] sel;
    reg [4:0] result;
  begin
    result = input_0 & {5{sel[0]}};
    result = result | ( input_1 & {5{sel[1]}});
    result = result | ( input_2 & {5{sel[2]}});
    result = result | ( input_3 & {5{sel[3]}});
    MUX1HOT_v_5_4_2 = result;
  end
  endfunction


  function automatic [4:0] MUX1HOT_v_5_5_2;
    input [4:0] input_4;
    input [4:0] input_3;
    input [4:0] input_2;
    input [4:0] input_1;
    input [4:0] input_0;
    input [4:0] sel;
    reg [4:0] result;
  begin
    result = input_0 & {5{sel[0]}};
    result = result | ( input_1 & {5{sel[1]}});
    result = result | ( input_2 & {5{sel[2]}});
    result = result | ( input_3 & {5{sel[3]}});
    result = result | ( input_4 & {5{sel[4]}});
    MUX1HOT_v_5_5_2 = result;
  end
  endfunction


  function automatic [15:0] MUX_v_16_15_2x0x1x2x5x6x7x10x11x12;
    input [15:0] input_3;
    input [15:0] input_4;
    input [15:0] input_8;
    input [15:0] input_9;
    input [15:0] input_13;
    input [15:0] input_14;
    input [3:0] sel;
    reg [15:0] result;
  begin
    case (sel)
      4'b0011 : begin
        result = input_3;
      end
      4'b0100 : begin
        result = input_4;
      end
      4'b1000 : begin
        result = input_8;
      end
      4'b1001 : begin
        result = input_9;
      end
      4'b1101 : begin
        result = input_13;
      end
      default : begin
        result = input_14;
      end
    endcase
    MUX_v_16_15_2x0x1x2x5x6x7x10x11x12 = result;
  end
  endfunction


  function automatic [15:0] MUX_v_16_15_2x0x2x3x5x7x8x10x12x13;
    input [15:0] input_1;
    input [15:0] input_4;
    input [15:0] input_6;
    input [15:0] input_9;
    input [15:0] input_11;
    input [15:0] input_14;
    input [3:0] sel;
    reg [15:0] result;
  begin
    case (sel)
      4'b0001 : begin
        result = input_1;
      end
      4'b0100 : begin
        result = input_4;
      end
      4'b0110 : begin
        result = input_6;
      end
      4'b1001 : begin
        result = input_9;
      end
      4'b1011 : begin
        result = input_11;
      end
      default : begin
        result = input_14;
      end
    endcase
    MUX_v_16_15_2x0x2x3x5x7x8x10x12x13 = result;
  end
  endfunction


  function automatic [15:0] MUX_v_16_2_2;
    input [15:0] input_0;
    input [15:0] input_1;
    input [0:0] sel;
    reg [15:0] result;
  begin
    case (sel)
      1'b0 : begin
        result = input_0;
      end
      default : begin
        result = input_1;
      end
    endcase
    MUX_v_16_2_2 = result;
  end
  endfunction


  function automatic [29:0] MUX_v_30_2_2;
    input [29:0] input_0;
    input [29:0] input_1;
    input [0:0] sel;
    reg [29:0] result;
  begin
    case (sel)
      1'b0 : begin
        result = input_0;
      end
      default : begin
        result = input_1;
      end
    endcase
    MUX_v_30_2_2 = result;
  end
  endfunction


  function automatic [3:0] MUX_v_4_2_2;
    input [3:0] input_0;
    input [3:0] input_1;
    input [0:0] sel;
    reg [3:0] result;
  begin
    case (sel)
      1'b0 : begin
        result = input_0;
      end
      default : begin
        result = input_1;
      end
    endcase
    MUX_v_4_2_2 = result;
  end
  endfunction


  function automatic [4:0] MUX_v_5_2_2;
    input [4:0] input_0;
    input [4:0] input_1;
    input [0:0] sel;
    reg [4:0] result;
  begin
    case (sel)
      1'b0 : begin
        result = input_0;
      end
      default : begin
        result = input_1;
      end
    endcase
    MUX_v_5_2_2 = result;
  end
  endfunction


  function automatic [4:0] conv_u2s_4_5 ;
    input [3:0]  vector ;
  begin
    conv_u2s_4_5 =  {1'b0, vector};
  end
  endfunction

endmodule

// ------------------------------------------------------------------
//  Design Unit:    fir
// ------------------------------------------------------------------


module fir (
  clk, rst, coeffs_rsc_z, coeffs_rsc_triosy_lz, in1_rsc_dat, in1_rsc_triosy_lz, out1_rsc_dat,
      out1_rsc_triosy_lz
);
  input clk;
  input rst;
  input [511:0] coeffs_rsc_z;
  output coeffs_rsc_triosy_lz;
  input [15:0] in1_rsc_dat;
  output in1_rsc_triosy_lz;
  output [15:0] out1_rsc_dat;
  output out1_rsc_triosy_lz;


  // Interconnect Declarations
  wire [9:0] regs_rsci_adra_d;
  wire [1:0] regs_rsci_wea_d;
  wire [15:0] regs_rsci_da_d;
  wire [1:0] regs_rsci_rea_d;
  wire [31:0] regs_rsci_qa_d;
  wire [1:0] regs_rsci_rwportA_rw_ram_ir_internal_RMASK_B_d;
  wire [1:0] regs_rsci_rwportA_rw_ram_ir_internal_WMASK_B_d;
  wire [15:0] regs_rsc_qb;
  wire regs_rsc_reb;
  wire [15:0] regs_rsc_db;
  wire regs_rsc_web;
  wire [4:0] regs_rsc_adrb;
  wire [15:0] regs_rsc_qa;
  wire regs_rsc_rea;
  wire [15:0] regs_rsc_da;
  wire regs_rsc_wea;
  wire [4:0] regs_rsc_adra;


  // Interconnect Declarations for Component Instantiations 
  wire [31:0] nl_regs_rsci_da_d;
  assign nl_regs_rsci_da_d = {16'b0000000000000000 , regs_rsci_da_d};
  M10K_DP #(.data_width(32'sd16),
  .addr_width(32'sd5),
  .depth(32'sd32)) regs_rsc_comp (
      .clk(clk),
      .adra(regs_rsc_adra),
      .adrb(regs_rsc_adrb),
      .wea(regs_rsc_wea),
      .web(regs_rsc_web),
      .da(regs_rsc_da),
      .db(regs_rsc_db),
      .rea(regs_rsc_rea),
      .reb(regs_rsc_reb),
      .qa(regs_rsc_qa),
      .qb(regs_rsc_qb)
    );
  fir_Altera_M10K_M10K_DP_rwport_4_16_5_32_32_16_gen regs_rsci (
      .qb(regs_rsc_qb),
      .reb(regs_rsc_reb),
      .db(regs_rsc_db),
      .web(regs_rsc_web),
      .adrb(regs_rsc_adrb),
      .qa(regs_rsc_qa),
      .rea(regs_rsc_rea),
      .da(regs_rsc_da),
      .wea(regs_rsc_wea),
      .adra(regs_rsc_adra),
      .adra_d(regs_rsci_adra_d),
      .wea_d(regs_rsci_wea_d),
      .da_d(nl_regs_rsci_da_d[31:0]),
      .rea_d(regs_rsci_rea_d),
      .qa_d(regs_rsci_qa_d),
      .rwportA_rw_ram_ir_internal_RMASK_B_d(regs_rsci_rwportA_rw_ram_ir_internal_RMASK_B_d),
      .rwportA_rw_ram_ir_internal_WMASK_B_d(regs_rsci_rwportA_rw_ram_ir_internal_WMASK_B_d)
    );
  fir_core fir_core_inst (
      .clk(clk),
      .rst(rst),
      .coeffs_rsc_z(coeffs_rsc_z),
      .coeffs_rsc_triosy_lz(coeffs_rsc_triosy_lz),
      .in1_rsc_dat(in1_rsc_dat),
      .in1_rsc_triosy_lz(in1_rsc_triosy_lz),
      .out1_rsc_dat(out1_rsc_dat),
      .out1_rsc_triosy_lz(out1_rsc_triosy_lz),
      .regs_rsci_adra_d(regs_rsci_adra_d),
      .regs_rsci_wea_d(regs_rsci_wea_d),
      .regs_rsci_da_d(regs_rsci_da_d),
      .regs_rsci_rea_d(regs_rsci_rea_d),
      .regs_rsci_qa_d(regs_rsci_qa_d),
      .regs_rsci_rwportA_rw_ram_ir_internal_RMASK_B_d(regs_rsci_rwportA_rw_ram_ir_internal_RMASK_B_d),
      .regs_rsci_rwportA_rw_ram_ir_internal_WMASK_B_d(regs_rsci_rwportA_rw_ram_ir_internal_WMASK_B_d)
    );
endmodule